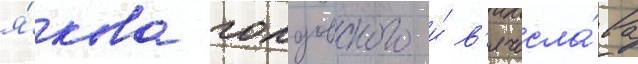
я́кова голдовского и́ в'ячесла́ва